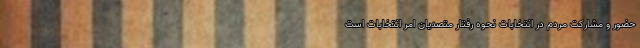
حضور و مشارکت مردم در انتخابات نحوه رفتار متصدیان امر انتخابات است